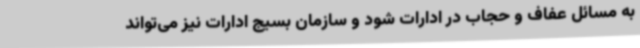
به مسائل عفاف و حجاب در ادارات شود و سازمان بسیج ادارات نیز می‌تواند